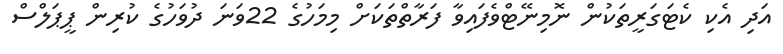
އަދި އެކި ކެޓަގަރީތަކުން ނޮމިނޭޓްވެފައިވާ ފަރާތްތަކަށް މިމަހުގެ 22ވަނަ ދުވަހުގެ ކުރިން ޕީޕަލްސް